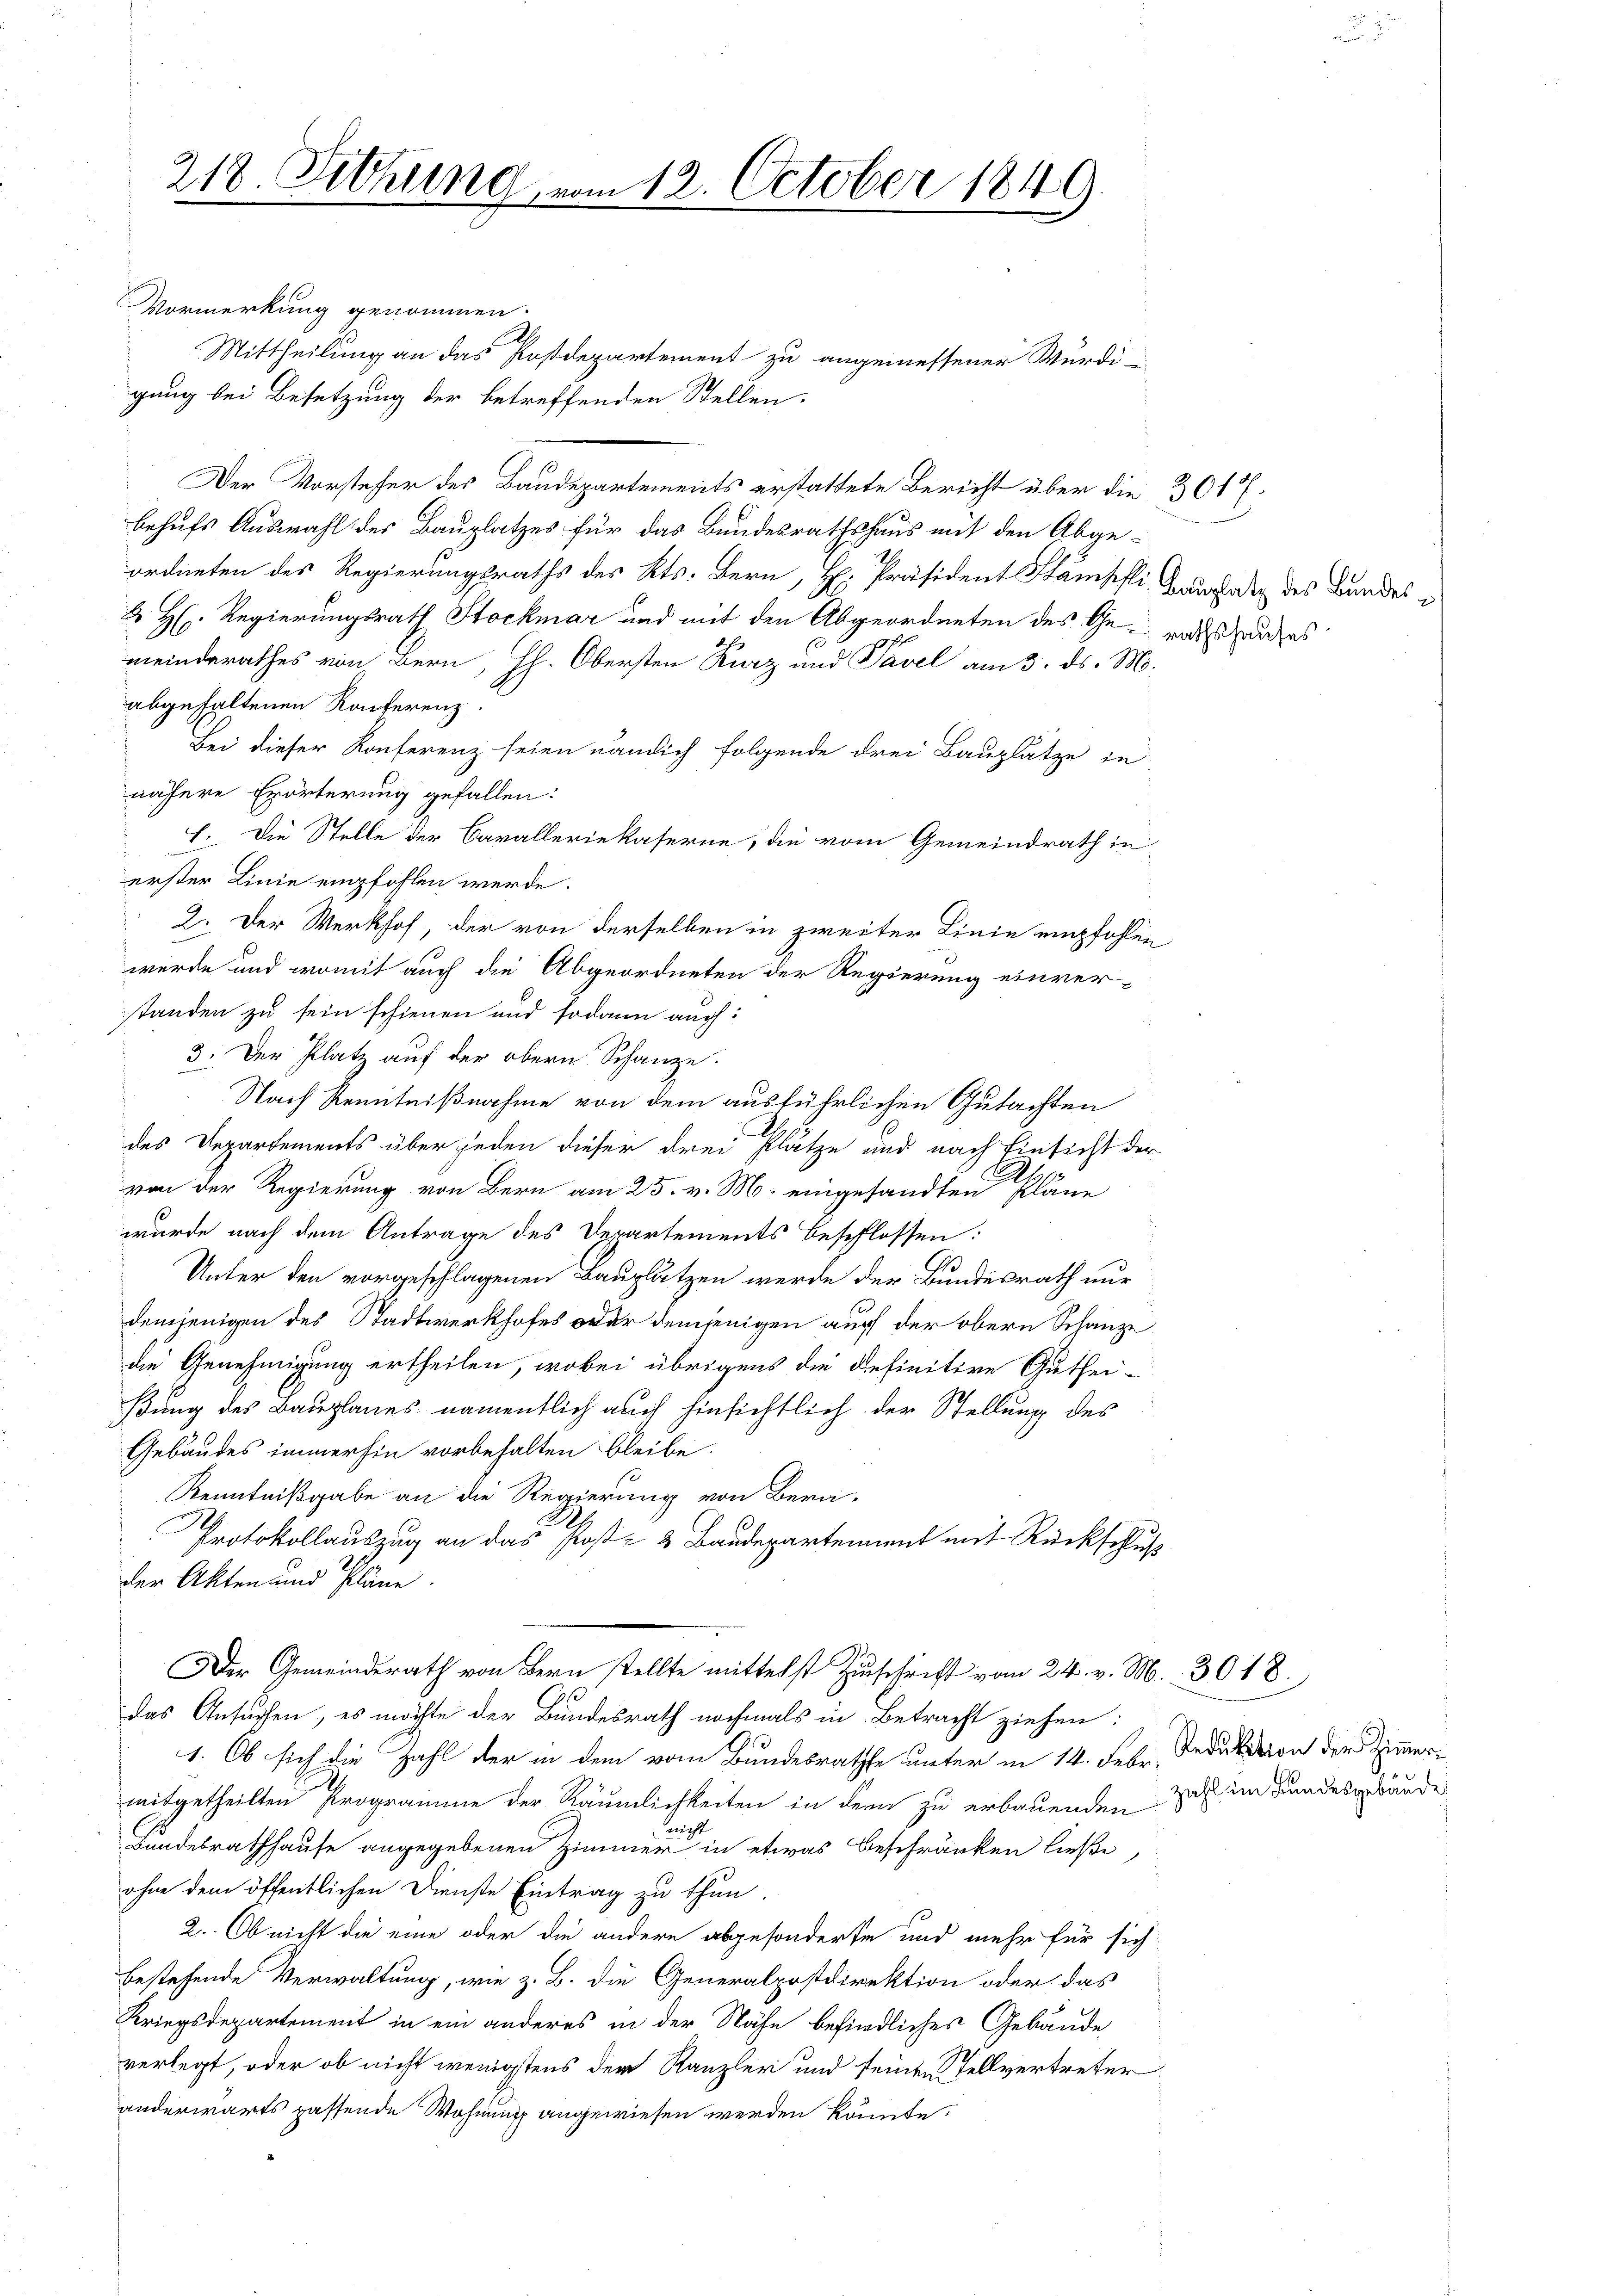
218. Sitzung, vom 12. October 1849.

Vormerkung genommen.
Mittheilung an das Postdepartement zu angemessener Würdi-
gung bei Besetzung der betreffenden Stellen.
Der Vorsteher des Baudepartements erstattete Bericht über die 3017.
behufs Auswahl des Bauplatzes für das Bundesrathshaus mit den Abgeordneten des Regierungsraths des Kts. Bern, H. Präsident Stämpfli Grundate des Bundes
 H. Regierungsrath Stockmar und mit den Abgeordneten des Gerich des
meinderathes von Bern, HH. Obersten Kurz und Pavel am 3. ds. M.
abgehaltenen Konferenz.
Bei dieser Konferenz seien nändich folgende drei Bauplätze in
nähere Erörterung gefallen:
f. Die Stelle der Cavalleriekaserne, die vom Gemeindrath in
erster Linie empfohlen werde.
2. Der Werkhof, der von derselben in zweiter Linie empfohlen
werde und womit auch die Abgeordneten der Regierung einver-
standen zu sein schienen und sodann auch:
3. Der Platz auf der obern Schanze.
Nach Kenntnißnahme von dem ausführlichen Gutachten
des Departements über jeden dieser drei Plätze und nach Einsicht der
von der Regierung von Bern am 25. v. M. eingesandten Pläne
wurde nach dem Antrage des Derartements beschlossen:
Unter den vorgeschlagenen Bauplätzen werde der Bundesrath nur
demjenigen des Stadtwerkhofes oder demjenigen auch der obern Schanze
die Genehmigung ertheilen, wobei übrigens die definitive Guthei-
ßung des Bauplanes namentlich auch hinsichtlich der Stellung des
Gebäudes immerhin vorbehalten bleibe.
Kenntnißgabe an die Regierung von Bera-
Protokollauszug an das Post- & Baudepartement mit Rückschluß
der Akten und Pläne.
Der Gemeinderath von Bern stellte mittelst Zuschrift vom 24. v. M.  30 18
das Ansuchen, es möchte der Bundesrath nochmals in Betracht ziehen:
1. Ob sich die Zahl der in dem vom Bundesrathe unter in 14. Febr. Deduktion der Zimmermitgetheilten Programme der Räumlichkeiten in dem zu erbauenden Zahl im Bundesgebäude
n
Bundesrathhause angegebenen Zimmer in etwas Beschränken ließe
ohne dem öffentlichen Dienste Eintrag zu thun.
2. Ob nicht die eine oder die andere abgesonderte und mehr für sich
bestehende Verwaltung, wie z. B. die Generalpostdirektion oder das
Kriegsdepartement in ein anderes in der Nähe befindliches Gebäude
verlegt, oder ob nicht wenigstens der Kanzler und seinen Stellvertreter
anderwärts passende Wohnung angewiesen werden könnte.